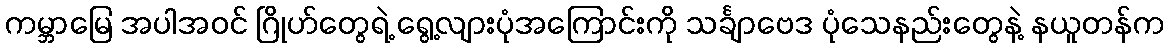
ကမ္ဘာမြေ အပါအဝင် ဂြိုဟ်တွေရဲ့ ရွေ့လျားပုံအကြောင်းကို သင်္ချာဗေဒ ပုံသေနည်းတွေနဲ့ နယူတန်က